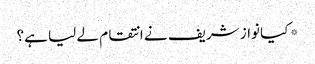
* کیا نواز شریف نے انتقام لے لیا ہے؟